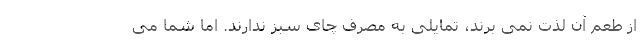
از طعم آن لذت نمی برند، تمایلی به مصرف چای سبز ندارند. اما شما می